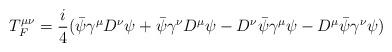
LaTeX: \begin{align*}T^{\mu\nu}_F=\frac{i}{4}(\bar\psi\gamma^\mu D^\nu\psi+\bar\psi\gamma^\nu D^\mu\psi-D^\nu\bar\psi\gamma^\mu\psi-D^\mu\bar\psi\gamma^\nu\psi)\end{align*}